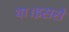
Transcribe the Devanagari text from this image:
था।इससे